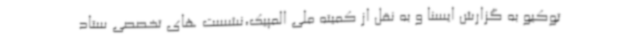
توکیو به گزارش ایسنا و به نقل از کمیته ملی المپیک،نشست های تخصصی ستاد